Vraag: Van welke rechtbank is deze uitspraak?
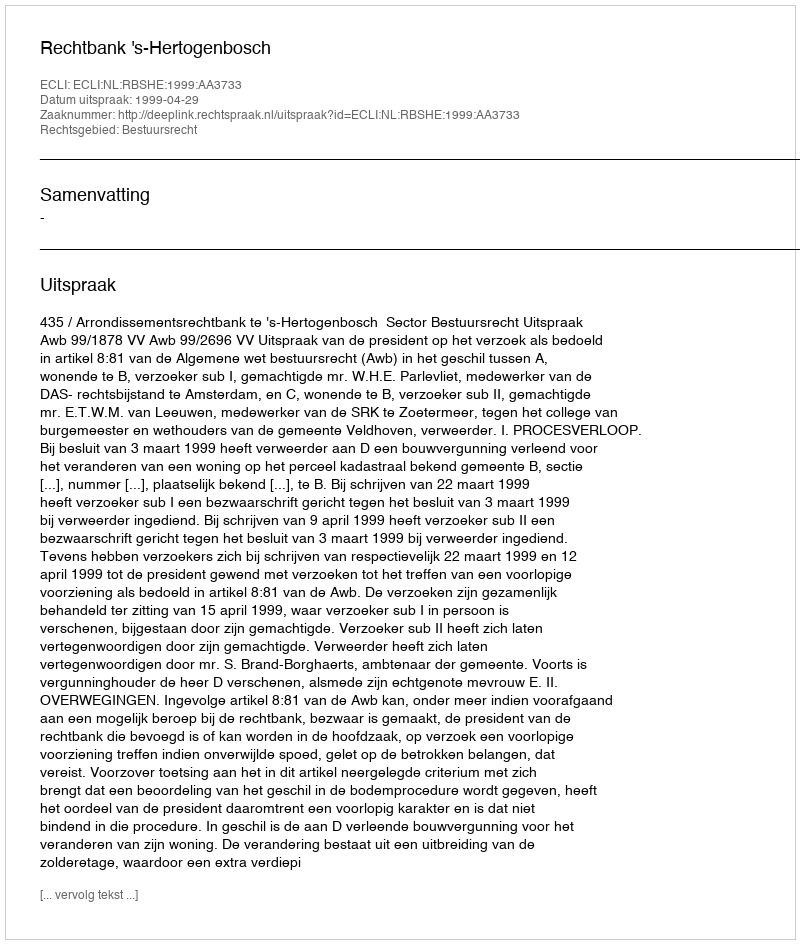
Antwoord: Rechtbank 's-Hertogenbosch